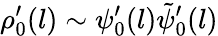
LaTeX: \rho_{0}^{\prime}(l)\sim\psi_{0}^{\prime}(l)\tilde{\psi}_{0}^{\prime}(l)